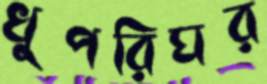
খুপরিঘর